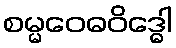
စမ္မဝေဓဝိဒ္ဓေါ